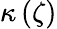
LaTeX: \kappa\left(\zeta\right)